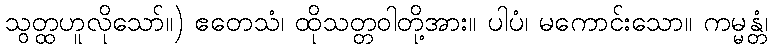
သွတ္ထဟူလိုသော်။) ဧတေသံ၊ ထိုသတ္တဝါတို့အား။ ပါပံ၊ မကောင်းသော။ ကမ္မန္တံ၊